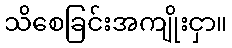
သိစေခြင်းအကျိုးငှာ။